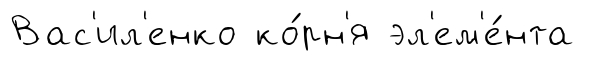
Вас'ил'енко ко́рн'я эл'ем'е́нта